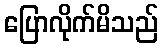
ပြောလိုက်မိသည်